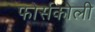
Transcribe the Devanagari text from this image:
फोर्सकोली